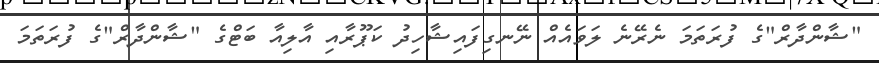
"ޝާންދާރް"ގެ ފުރަތަމަ ނެރޭނެ ލަވައެއް ނޭނގިފައިޝާހިދު ކަޕޫރާއި އާލިއާ ބަޓްގެ "ޝާންދާރް"ގެ ފުރަތަމަ